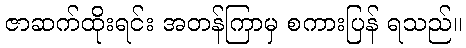
ဇာဆက်ထိုးရင်း အတန်ကြာမှ စကားပြန် ရသည်။